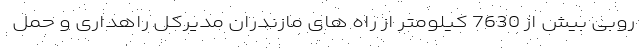
روبی بیش از 7630 کیلومتر از راه های مازندران مدیرکل راهداری و حمل